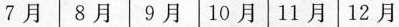
7月8月9月10月11月12月